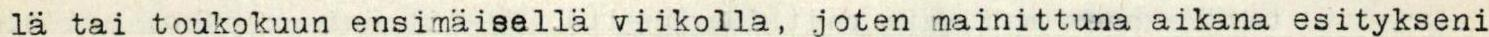
 lä tai toukokuun ensimäisellä viikolla, joten mainittuna aikana esitykseni